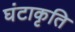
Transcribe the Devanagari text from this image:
घंटाकृति